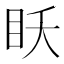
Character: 𰥔